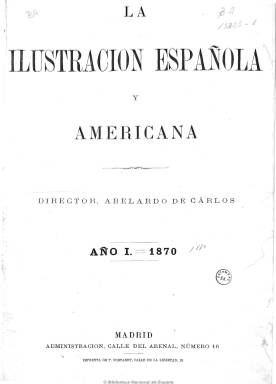
Título: La Ilustración española y americana
Colección: Semanarios de amenidades
Ámbito geográfico: Madrid
Lugar de publicación: Madrid
Fechas: 25/12/1869-30/12/1921

Su fundador y primer editor y director fue el gaditano Abelardo de Carlos y Almansa (1822-1884), quien, tras una inicial y fructífera experiencia editora-periodística en provincias, había adquirido el madrileño El Museo universal (1857-1869), revista heredera de la prensa pintoresca e ilustrada antecesora, a la que sustituye dándole este nuevo título, en el que mantiene el término ilustración y al que suma a española el adjetivo americana, como natural expansión de la difusión de una lengua y cultura común intercontinental; y, siguiendo el modelo de las grandes revistas ilustradas europeas, será el máximo exponente del periodismo gráfico español del siglo diecinueve. Aparece su primer número en una época de reformas políticas, como es la del Sexenio Democrático, el 25 de diciembre de 1869; marcará un hito en las primeras décadas de la Restauración y, tras irrumpir y empezar a desarrollarse el nuevo fotoperiodismo en las postrimerías de la centuria, sobrevivirá dos décadas más, hasta el 30 de diciembre de 1921, día en el que publica su última entrega. Si en sus páginas se da cita una larguísima nómina de destacados literatos, publicistas y periodistas, a ellas se incorporarán definitivamente, trazados con un realismo y calidad excepcional, los dibujos de actualidad, estampados a través de unos grabados de gran belleza y maestría, considerados auténticas instantáneas de toda una prolongada época histórica.

No sólo aparece la secuencia “año 14” en las indicaciones de su número 1, que era la cronológica correspondiente al título que sustituye, sino que este es incorporado a su subtítulo: “museo universal: periódico de ciencias, artes, literatura, industria y conocimientos útiles”. Estas siguen siendo las materias básicas de los contenidos de una revista ilustrada, que, aún haciendo profesión de independencia política y estricta neutralidad en la lucha partidaria, dará cabida al mismo tiempo a todas las ideas, a la vez que incorporará y desarrollará la información de actualidad, que entonces se le denomina de sucesos, pero que alcanza a todos los acontecimientos: no sólo las catástrofes, guerras o revoluciones, sino a los hechos políticos, militares, institucionales, académicos, artísticos, científicos, culturales, sociales o históricos.

Entre sus secciones se encuentran las siguientes: Crónica general (firmada por José Fernández Bremón y que mantiene a lo largo de su vida); Nuestros grabados (descripción de los mismos); Artículos científicos (de filosofía, botánica, zoología, física, química, astronomía o técnica); Actualidad (acontecimientos políticos y sociales, nacionales e internacionales); Narraciones varias y Álbum poético (textos de creación literaria, narrativa o dramática, de autores como Alejandro Larrubiera, Alejandro Sawa, Ramón María del Valle Inclán, Antonio Grilo, Manuel del Palacio, Ricardo Sepúlveda, Salvador Rueda, Manuel Reina, Manuel Navarrete, Luis Gabaldón, Javier de Burgos, José Zahonero, Eduardo de Lustonó o Eduardo Zamacois, entre otros); y Libros. Publicará frecuentemente crónicas parisienses y otras bajo el epígrafe Por ambos mundos, y tendrá también secciones de crítica literaria, pictórica, musical y teatral.

Entre sus colaboradores también se encontraron José Zorrilla, Ramón de Campoamor, Juan Valera, Leopoldo Alas Clarín, Emilio Castelar, Miguel de Unamuno, Ángel Fernández de los Ríos, Peregrín García Cadena, Manuel Cañete, José Velarde, Miguel Rodríguez Ferrer, Patrocinio de Biedma, Francisca Sarasate, Manuel Fernández Cuesta, Manuel Fernández González, José de Castro y Serrano o Francisco Pi y Margall, entre otros muchos.

También destacará la publicidad o anuncios comerciales que inserta, especialmente los de higiene personal o los productos médicos. Será una publicación para suscriptores, y dado su precio, dirigida a las clases burguesas, altas y cultas, quienes a través de sus páginas obtendrán un conocimiento ilustrado mundial.

Al poco de su aparición alcanzó ya los 2.000 ejemplares, una tirada inusitada en aquél tiempo para este tipo de publicaciones, a la vez que tuvo que competir durante los dos primeros años con La ilustración de Madrid (1870-1871). Pero el éxito de la revista de De Carlos terminó por absorber a la puesta en circulación por su rival Eduardo Gasset y Artime –propietario también del diario El imparcial- , que había sido puesta bajo la dirección de los hermanos Valeriano (1833-1870) y Gustavo Adolfo Bécquer (1836-1870), quienes aún tendrán tiempo, al igual que otros, a pasarse y colaborar en la revista de De Carlos. El éxito de esta responderá a tres cualidades: a un exquisito cuidado en la utilización de las técnicas tipográficas y de impresión, al impulso y desarrollo del uso informativo del elemento gráfico y a la incorporación de relevantes colaboradores literarios y artísticos (Gómez Aparicio: 1971). Sánchez Vigil (2008) añade que se deberá también a su gran formato, que será similar al de los diarios, con entregas de dieciséis páginas, compuestas a tres columnas, y a la edición de suplementos, en donde resaltarán sus ilustraciones a toda plana y doble página. Nace semanal, a partir del cinco de agosto de 1870 será decenal y después aparecerá los días 8, 15, 22 y 30 de cada mes. La revista empezó a ser estampada en la Imprenta de Gaspar y Roig y después en la de Tomás Fortanet, hasta que pase a la de Rivadeneyra, que De Carlos adquirirá para constituir una de las principales empresas tipográficas y editoras más importantes del último tercio del siglo XIX español.

En las páginas de esta revista, la estampación del grabado de madera alcanzará su madurez y culminación, dando cabida a los dibujos realizados a pluma o lápiz, siendo el pintor y dibujante Juan Comba (1852-1924), tras su incorporación a su redacción en 1872 -en la que permanecerá hasta 1907-, el gran introductor, artífice y perfeccionador del género artístico-informativo, comenzando a realizar, desde 1880, fotografías como auxilio de sus ilustraciones a lápiz, publicando también reportajes y utilizando técnicas como la del medallón (especie de zoom), siendo por ello considerado el primer periodista gráfico español y el más fiel cronista y reportero de la Restauración. Mientras que la información ilustrada del extranjero fue adquirida y procedía de los clichés de las principales revistas francesas o inglesas, la elaboración de la española devino en la formación de una auténtica escuela de maestros gráficos, entre dibujantes y grabadores, y al frente de estos estuvo Bernardo Rico y Ortega (1825-1894), responsable del diseño de la revista, director artístico y jefe de los talleres de Rivadeneyra, acompañado por su hermano Martín (1833-1908), de Arturo Carretero Sánchez (1852-1903) o de Tomás Carlos Capuz Alonso (1834-1899), todos ellos también dibujantes y grabadores. Y entre otros autores de sus dibujos estuvieron artistas que adquirieron, además, cierta especialización, como Daniel Perea (1834-1909), como retratista de reyes, militares, políticos, artistas, intelectuales, eclesiásticos, científicos o personajes de la alta nobleza; o el pintor y dibujante José Luis Pellicer (1842-1901), quien junto al citado Bernardo Rico, dibujaron del natural o a partir de croquis o fotografías de actualidad, siendo Pellicer enviado especial en la guerra carlista (1872-1876) y la guerra ruso-turca (1877-1878), así como corresponsal de las principales revistas ilustradas europeas. A los citados se sumaron los pintores Alejandro Ferrant (1843-1917), Isidro Gil (1843-1917), Enrique Simonet (1866-1927) y Eduardo Sánchez (1869-1949); el también pintor y humorista gráfico republicano Francisco Ortego (1833-1881), o Tomás Padró, Félix Badillo, Manuel Alcázar, Domingo Muñoz, Manuel Domínguez, Daniel Ortego o Mariano Pedrero. A los que se unió una auténtica red de corresponsales gráficos en provincias, entre los que cabe citar al barcelonés Manuel Obiols Delgado (c. 1860-1911), el sevillano Ramiro Franco Pacheco, el valenciano Castells y José Riudavets (1840-1902), entre otros muchos.

Para la estampación de sus grabados utilizó la xilografía y, según Gómez Aparicio (1971), se caracterizó también por la innovación en el empleo de la zincografía, como técnica que reemplazó la madera por el zinc. Su primer fotograbado apareció pronto, el 2 de septiembre de 1883, y su primera fotografía en color (tricomía) el 22 de de diciembre de 1888. La aplicación de la técnica del fotograbado durante los últimos años del siglo coincidirá con el máximo esplendor de la revista y sus tiradas más abultadas. Así como en los pies de los grabados de los dibujos tomados de fotografías era norma en la revista expresar el nombre del fotógrafo (como puede ser el caso de J. Laurent), hasta 1910 no aparecerán los nombres de estos en los fotograbados.

A partir de 1881, el hijo del fundador, Abelardo José de Carlos Hierro (1848-1910), había empezado a dirigir la revista, sucediéndole en la dirección, en 1898, su cuñado Alejandro Moreno y Gil de Borja (1850-1931). En diciembre de 1907 publicará un número extraordinario, con motivo de su 50ª aniversario. En 1914, iniciará una segunda época, cuando el industrial vasco Rafael Picavea, propietario del periódico donostiarra El pueblo vasco, adquiere la empresa editorial, y Wenceslao Fernández Flórez es nombrado redactor-jefe. Con el nuevo siglo, la revista había comenzado a experimentar una decadencia que se prolongaría durante dos décadas. Entre las causas de su definitiva desaparición se encuentra el agotamiento de un modelo periodístico que se había sumido en la rutina y quedado periclitado frente a nuevos títulos que, a partir de la última década de la centuria decimonónica, empezaron a surgir para renovar la prensa gráfica española, que irá sustituyendo el dibujo (que quedará al final relegado a lo artístico) por la fotografía de actualidad y, en definitiva, el nacimiento y desarrollo del fotoperiodismo y el reportaje fotográfico. Según la estadística oficial, en 1920 La Ilustración española y americana tenía una tirada de 2.000 ejemplares frente a los 100.00 de Blanco y negro (1891-2000), los 75.000 de Nuevo mundo (1894-1933), los 120.000 de Mundo gráfico (1911-1938) o los 60.000 ejemplares de La esfera (1914-1931). Aún así, la vida de otra de las revistas que había dado lugar a la creación de la empresa editorial de Abelardo de Carlos, -La moda elegante ilustrada (Cádiz: 1849) y que en 1870 había trasladado a Madrid- prolongará su publicación hasta 1927. Sobre las causas de la desaparición de La ilustración española y americana véase el estudio de Desvois incluido en La prensa ilustrada en España (1996), que recoge los trabajos del Coloquio de Rennes (1992), en donde participan también Botrel, Ayrault, Le Bigot o Castellano. Además de la historia del periodismo español de Gómez Aparicio, Seoane y Sáiz, o sobre la historia de la fotografía, de López Mondéjar, véanse también, entre otras obras de referencia, la tesis doctoral sobre Comba y otros artículos de Miguel B. Márquez sobre De Carlos y su revista, o el trabajo sobre el fotograbado y la fotografía informativa en España en el siglo XIX, de Bernardo Riego (2001).

Algunas imágenes cedidas por TECNODOC.